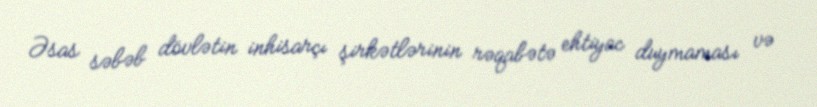
Əsas səbəb dövlətin inhisarçı şirkətlərinin rəqabətə ehtiyac duymaması və